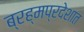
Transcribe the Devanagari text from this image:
ब्रह्मप्रदेशात